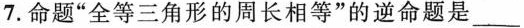
7. 命题“全等三角形的周长相等”的逆命题是___